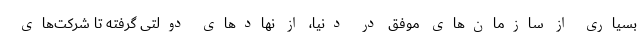
بسیاری از سازمان‌های موفق در دنیا، از نهاد‌های دولتی گرفته تا شرکت‌های